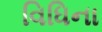
વિધિના